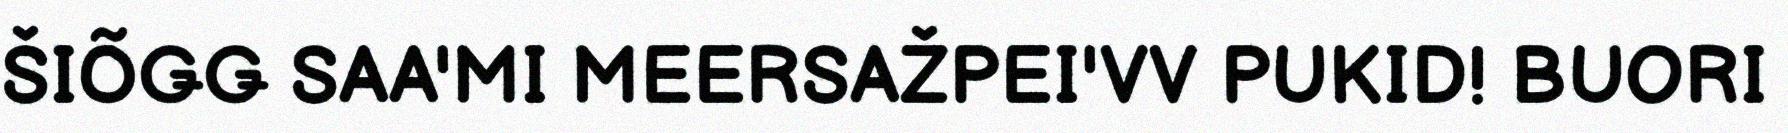
ŠIÕǤǤ SAA'MI MEERSAŽPEI'VV PUKID! BUORI